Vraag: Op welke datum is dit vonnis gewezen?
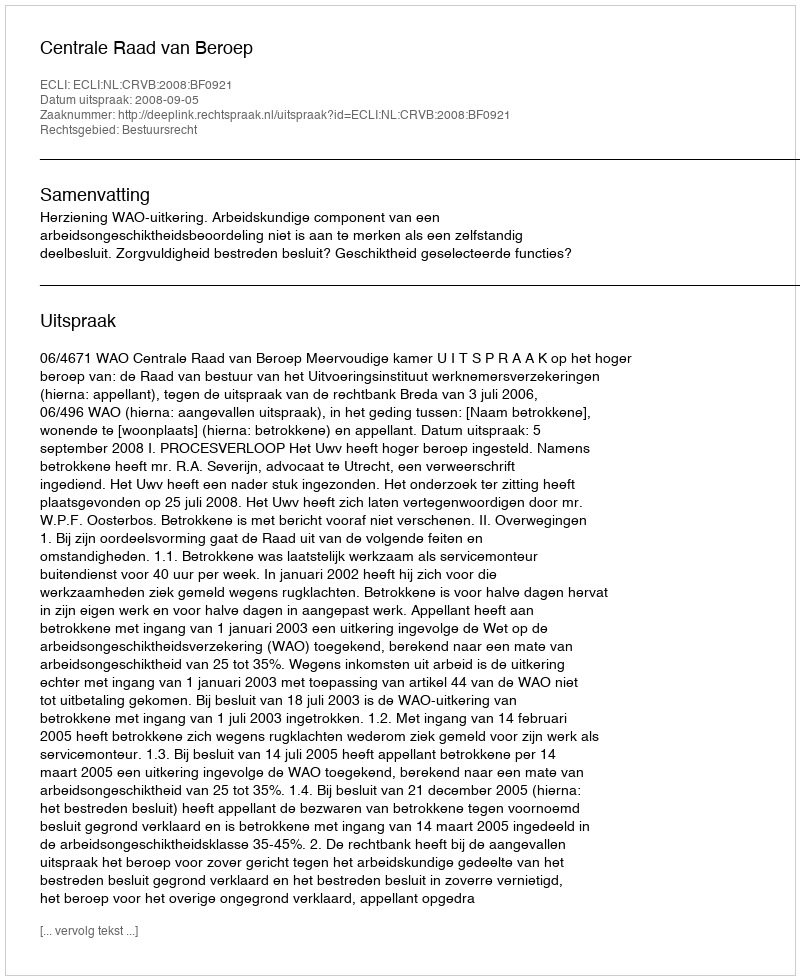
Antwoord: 2008-09-05